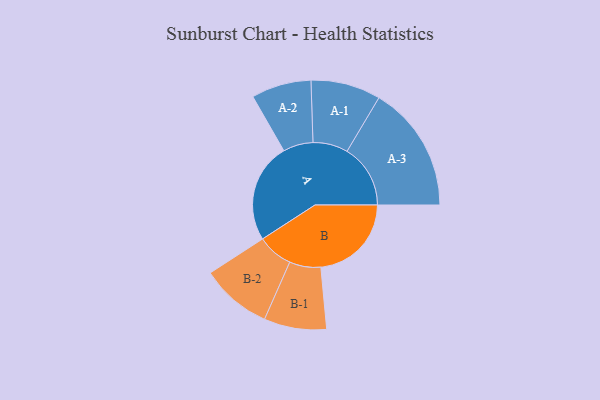
{"axis": {"x": "Segment", "y": "Value"}, "legend": ["", "A", "B"], "data": [{"x": "A", "y": 462, "type": ""}, {"x": "B", "y": 420, "type": ""}, {"x": "A-1", "y": 162, "type": "A"}, {"x": "A-2", "y": 139, "type": "A"}, {"x": "A-3", "y": 294, "type": "A"}, {"x": "B-1", "y": 145, "type": "B"}, {"x": "B-2", "y": 165, "type": "B"}]}